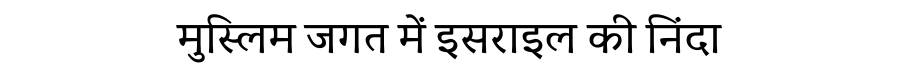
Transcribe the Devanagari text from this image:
मुस्लिम जगत में इसराइल की निंदा